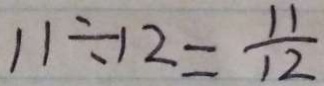
1 1 \div 1 2 = \frac { 1 1 } { 1 2 }